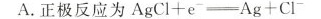
A.正极反应为$$A g C l + e \rightleftharpoons A g + C l _ { - }$$